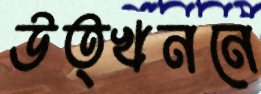
উত্খননে